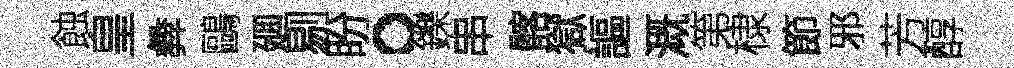
蝕皇彜鷗廽剔盼。鑠串髂獄謳溉第棣節邪芳醇